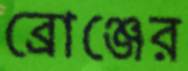
ব্রোঞ্জের